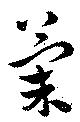
菊